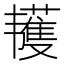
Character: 𱂌